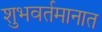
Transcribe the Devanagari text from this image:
शुभवर्तमानात